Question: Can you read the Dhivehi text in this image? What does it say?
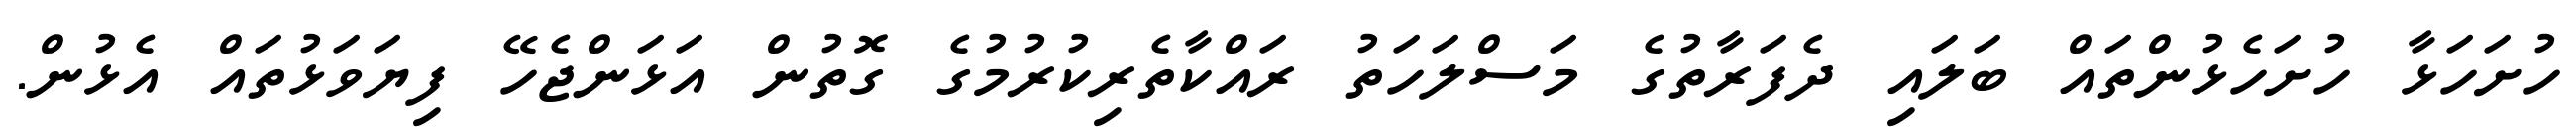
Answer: ހުށަހަޅާ ހުށަހެޅުންތައް ބަލައި ދެފަރާތުގެ މަސްލަހަތު ރައްކާތެރިކުރުމުގެ ގޮތުން އަޅަންޖެހޭ ފިޔަވަޅުތައް އެޅުން.